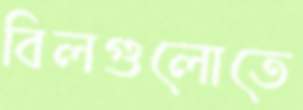
বিলগুলোতে